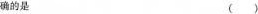
确的是 ()